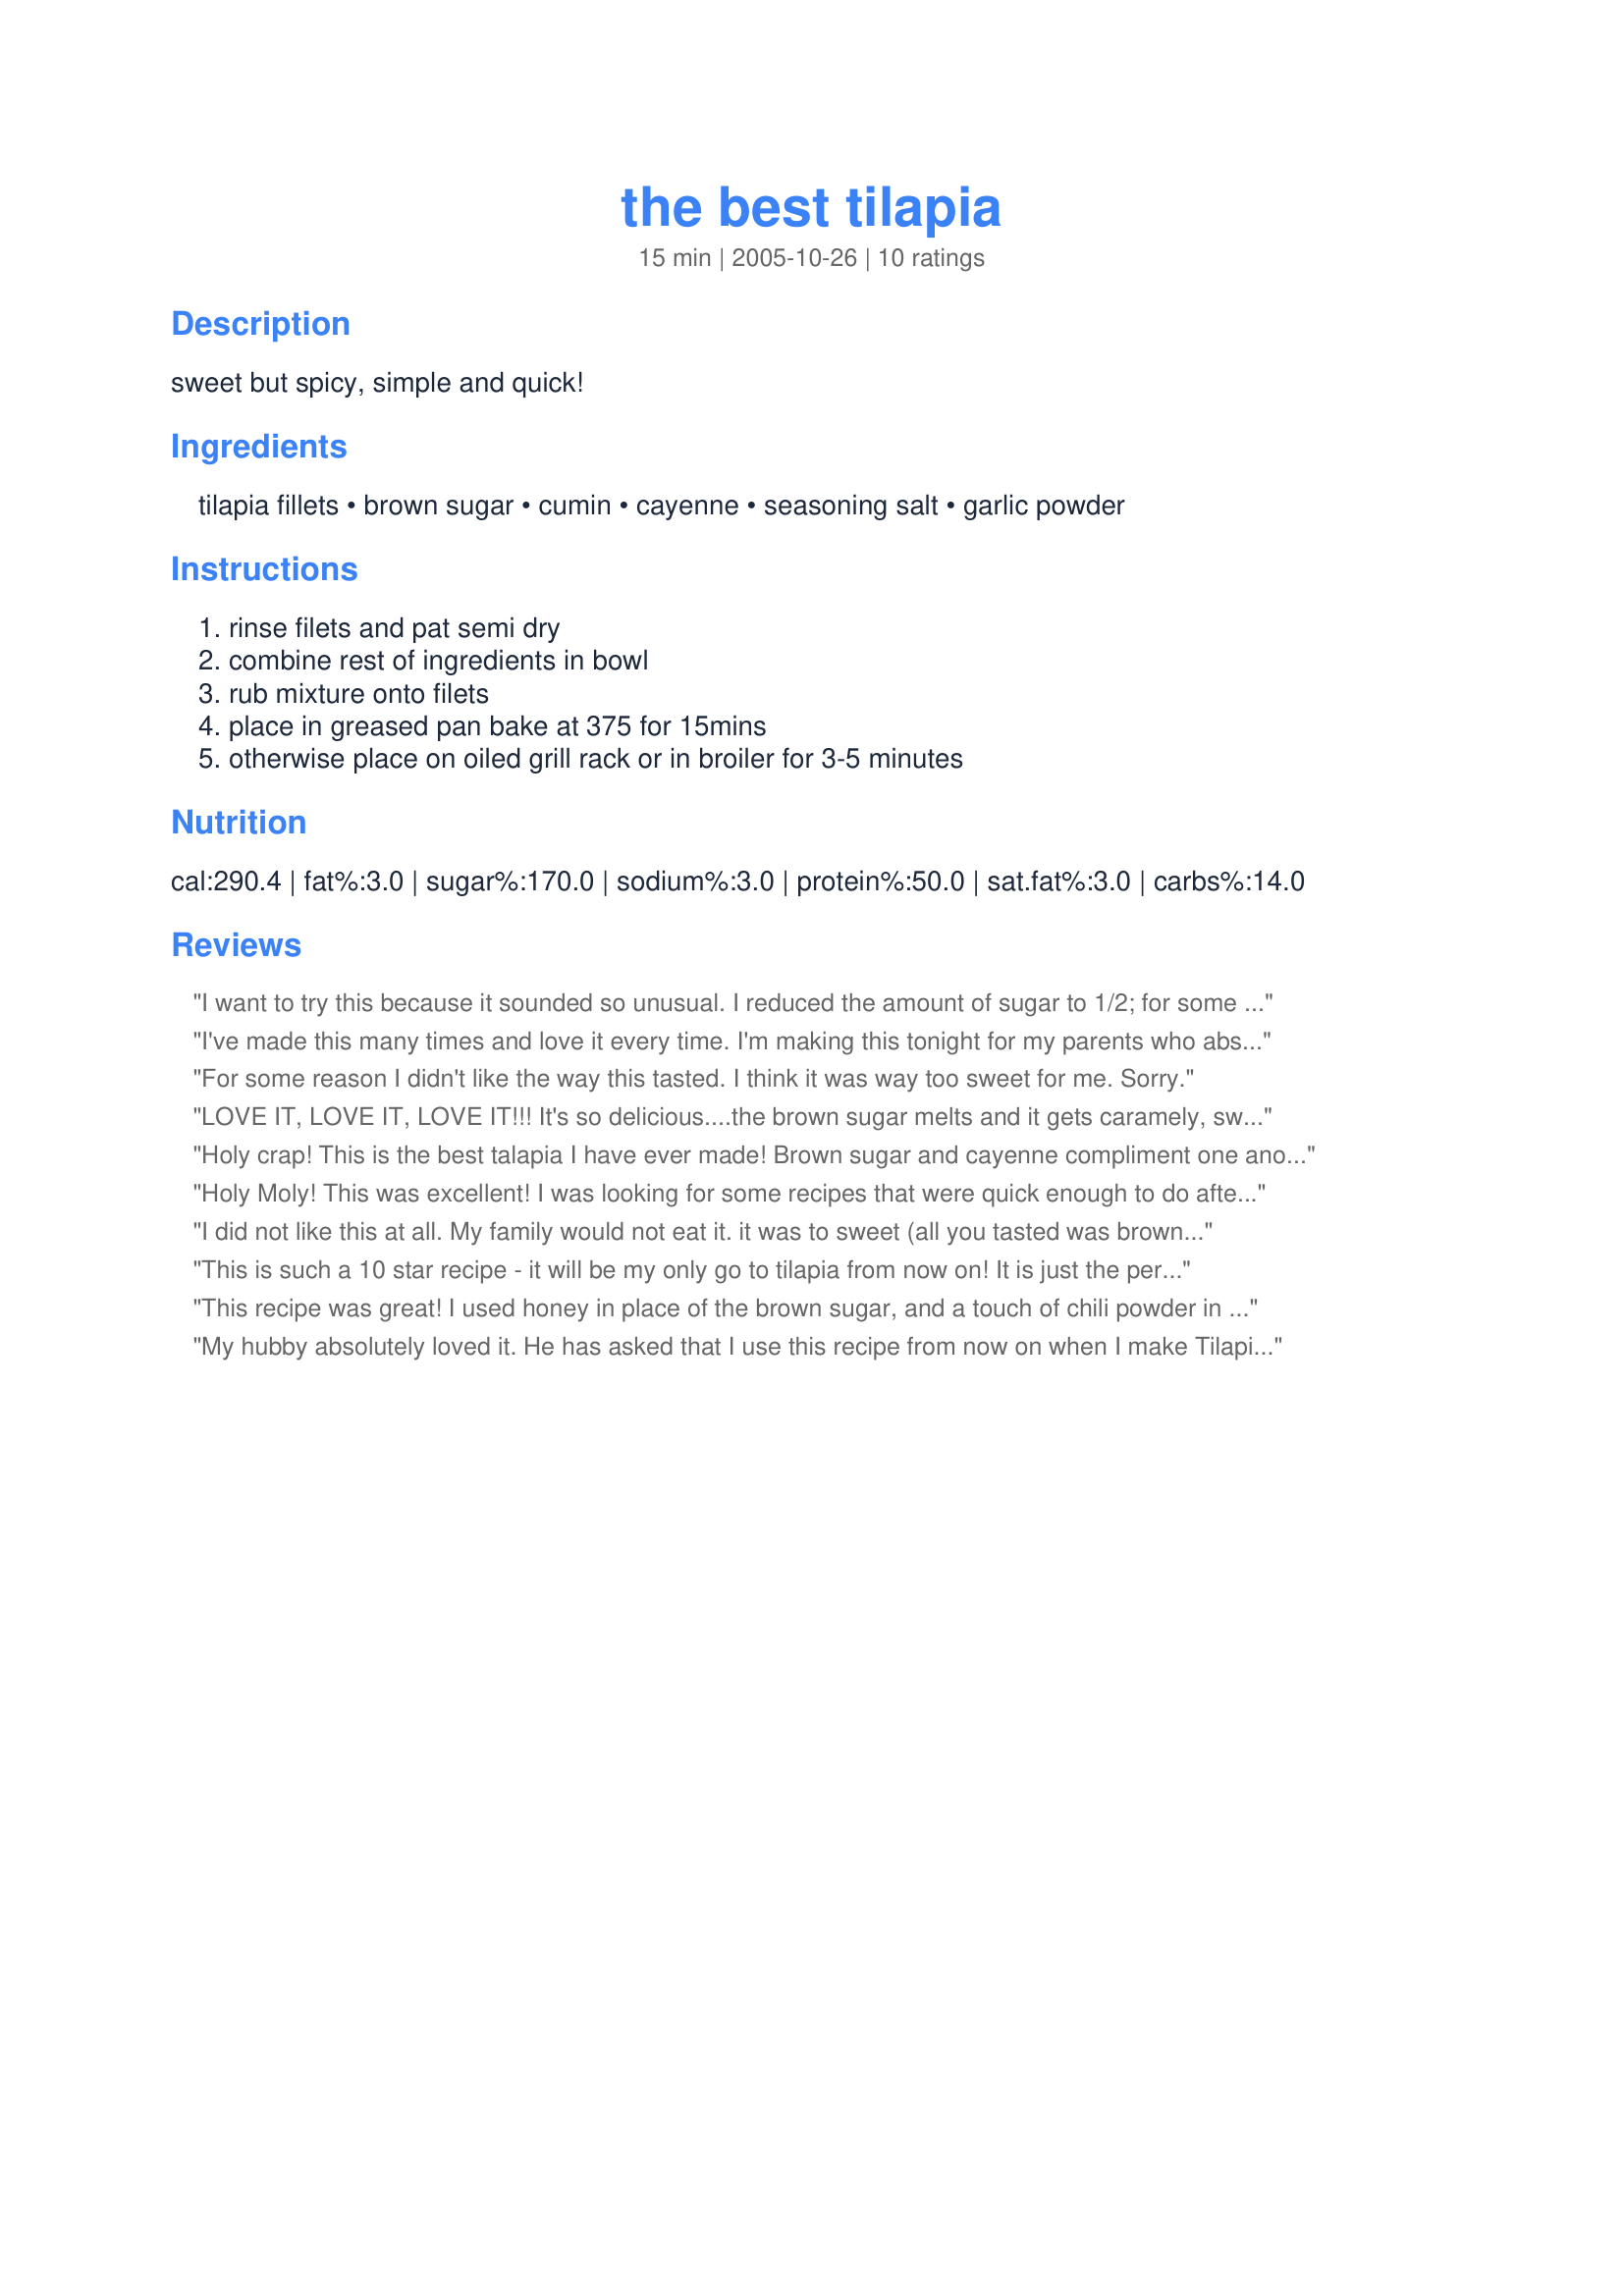
the best tilapia
Preparation time: 15 minutes

sweet but spicy, simple and quick!

Ingredients:
tilapia fillets, brown sugar, cumin, cayenne, seasoning salt, garlic powder

Steps:
rinse filets and pat semi dry, combine rest of ingredients in bowl, rub mixture onto filets, place in greased pan bake at 375 for 15mins, otherwise place on oiled grill rack or in broiler for 3-5 minutes

Reviews:
I want to try this because it sounded so unusual. I reduced the amount of sugar to 1/2; for some reason, it made the fish taste corn-y.
I've made this many times and love it every time. I'm making this tonight for my parents who absolutely love this meal and begged me to make it for them again. Thanks so much, Chef Rabideaux!!!
For some reason I didn't like the way this tasted. I think it was way too sweet for me. Sorry.
LOVE IT, LOVE IT, LOVE IT!!! It's so delicious....the brown sugar melts and it gets caramely, sweet, yet spicy...in perfect balance. My kids even thought that there was cinnamon in it. I made it exactly as written, except I lightly brushed my tilapia with melted butter before coating with the brown sugar mixture. So nice and moist! Thanx for this unique recipe. I'll be making this often!
Holy crap! This is the best talapia I have ever made! Brown sugar and cayenne compliment one another very well. Any other Tilapia recipes you have would be well taken and appreciated. (PS..for you adventurous types, try a spo of balsamic vinegar in with the mix..really adds a depth to the flavor!)
Holy Moly! This was excellent! I was looking for some recipes that were quick enough to do after work, yet still a "real meal". I made this last night, and my family loved it. The combination of sweet and spicy was perfect with the subtlety of Tilapia. Due to the fact that I never react well to Garlic Powder, I substituted fresh, pressed Garlic. I was so inspired by the rub that I put a little brown sugar and Kosher salt on the fresh Green Beans I had simmered. Mmmmmm. 

A meal with the Tilapia, the simmered Green Beans, and some white rice with butter, salt and pepper took me less than half an hour including prep time. 

My family gave me 5 stars for making this. :D Thank you.
I did not like this at all. My family would not eat it. it was to sweet (all you tasted was brown sugar) at first and then it was to hot and not the yummy kind of hot. Maybe I did something wronge, but i don't think im going to attempt at it again.
This is such a 10 star recipe - it will be my only go to tilapia from now on! It is just the perfect balance of sweet and spice and so quick and easy. Thanks!
This recipe was great! I used honey in place of the brown sugar, and a touch of chili powder in place of the cumin and was very pleased with the resulting sweet/spicy flavor.
My hubby absolutely loved it. He has asked that I use this recipe from now on when I make Tilapia. I have to confess it's a little sweet for me, but just a personal preference. Thank you for the wonderful recipe.
